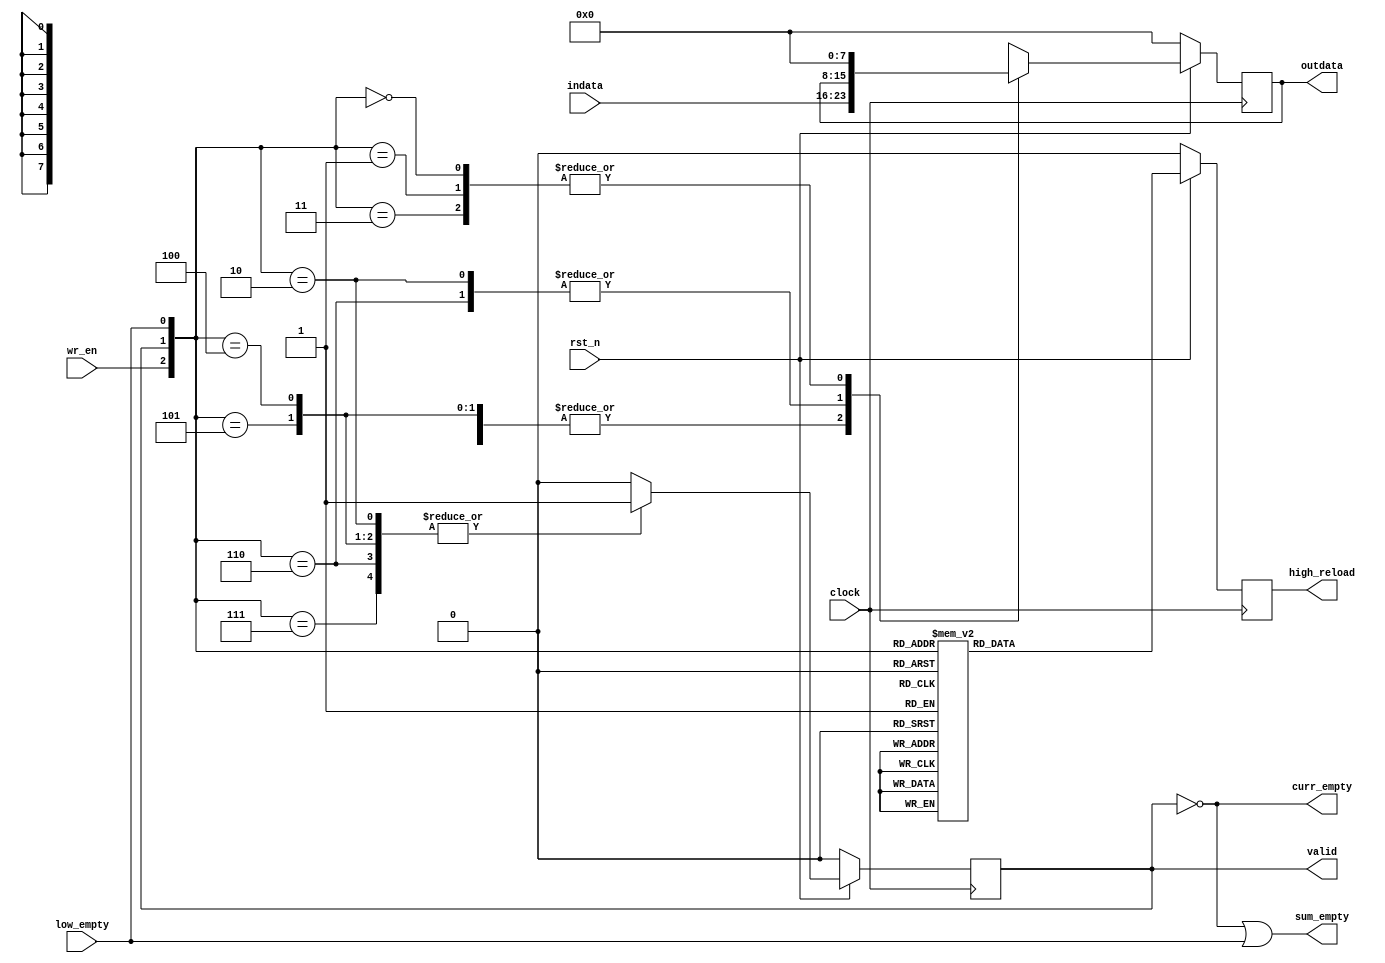
/**********************************************
______________                ______________
______________ \  /\  /|\  /| ______________
______________  \/  \/ | \/ | ______________
descript:
author : Young
Version: VERA.0.0
creaded: 2015/7/9 9:20:55
madified:
***********************************************/
`timescale 1ns/1ps
module pipe_reg #(
	parameter		DSIZE	= 8
)(
	input				clock			,
	input				rst_n           ,
	input				wr_en           ,
	input [DSIZE-1:0]	indata          ,
	input				low_empty       ,
	output				valid           ,
	output				curr_empty      ,
	output				sum_empty       ,
	output[DSIZE-1:0]	outdata         ,
	output				high_reload 
);

/*
table  
higher_vld(wr_en)   curr_valid  low_empty :  next_valid   next_data  curr_empty sum_empty
     1                  1           1     :      1           U           0        curr_empty | low_empty  
     1                  1           0     :      1           K           0        curr_empty | low_empty
     1                  0           1     :      1           U           0        curr_empty | low_empty
     1                  0           0     :      1           U           0        curr_empty | low_empty
     0                  1           1     :      0           C           1        curr_empty | low_empty
     0                  1           0     :      1           K           0        curr_empty | low_empty
     0                  0           1     :      0           C           1        curr_empty | low_empty
     0                  0           0     :      0           C           1        curr_empty | low_empty
*/

reg					data_vld;
reg[DSIZE-1:0]		data_reg;  
reg					reload_reg;

always@(posedge clock/*,negedge rst_n*/)
	if(~rst_n)	data_vld	<= 1'b0;
	else 
		case({wr_en,data_vld,low_empty})
		3'b111,
		3'b110,
		3'b101,
		3'b100,
		3'b010:	data_vld	<= 1'b1;
		default:data_vld	<= 1'b0;
		endcase

always@(posedge clock/*,negedge rst_n*/)
	if(~rst_n)	reload_reg	<= 1'b0;
	else 
		case({wr_en,data_vld,low_empty})
		3'b111:	reload_reg	<= 1'b1;
		3'b110:	reload_reg	<= 1'b0;
		3'b101:	reload_reg	<= 1'b1;
		3'b100:	reload_reg	<= 1'b1;
		3'b011:	reload_reg	<= 1'b1;
		3'b010: reload_reg	<= 1'b0;
		3'b001:	reload_reg	<= 1'b1;
		3'b000:	reload_reg	<= 1'b1;
		default:reload_reg	<= 1'b0;
		endcase

always@(posedge clock/*,negedge rst_n*/)
	if(~rst_n)	data_reg	<= {DSIZE{1'b0}};
	else 
		case({wr_en,data_vld,low_empty})
		3'b111:	data_reg	<= indata;
		3'b110:	data_reg	<= data_reg;
		3'b101:	data_reg	<= indata;
		3'b100:	data_reg	<= indata;
		3'b011:	data_reg	<= {DSIZE{1'b0}};
		3'b010: data_reg	<= data_reg;
		3'b001:	data_reg	<= {DSIZE{1'b0}};
		3'b000:	data_reg	<= {DSIZE{1'b0}};
		default:data_reg	<= {DSIZE{1'b0}};
		endcase

assign	curr_empty	= !data_vld;
assign	outdata		= data_reg;
assign	valid		= data_vld;
assign	sum_empty	= curr_empty | low_empty;
assign	high_reload	= reload_reg;

endmodule